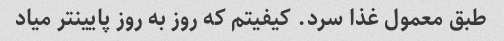
طبق معمول غذا سرد. کیفیتم که روز به روز پایینتر میاد